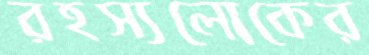
রহস্যলোকের